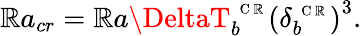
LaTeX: \mathbb{R}a_{cr}=\mathbb{R}a\DeltaT_{b}^{\mathrm{{~\scriptsize~C~\mathbb{R}~}}}\left(\delta_{b}^{\mathrm{{~\scriptsize~C~\mathbb{R}~}}}\right)^{3}.